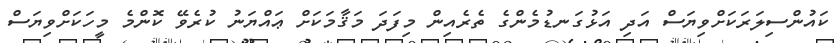
ކައުންސިލަރަކަށްވިޔަސް އަދި އަޅުގަނޑުމެންގެ ތެރެއިން މިފަދަ މަޤާމަކަށް ޢައްޔަނު ކުރެވޭ ކޮންމެ މީހަކަށްވިޔަސް